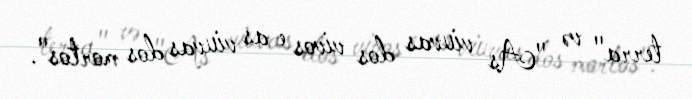
terra" və "As viuvas dos vivos e as viuvas dos mortos".